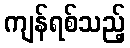
ကျန်ရစ်သည့်